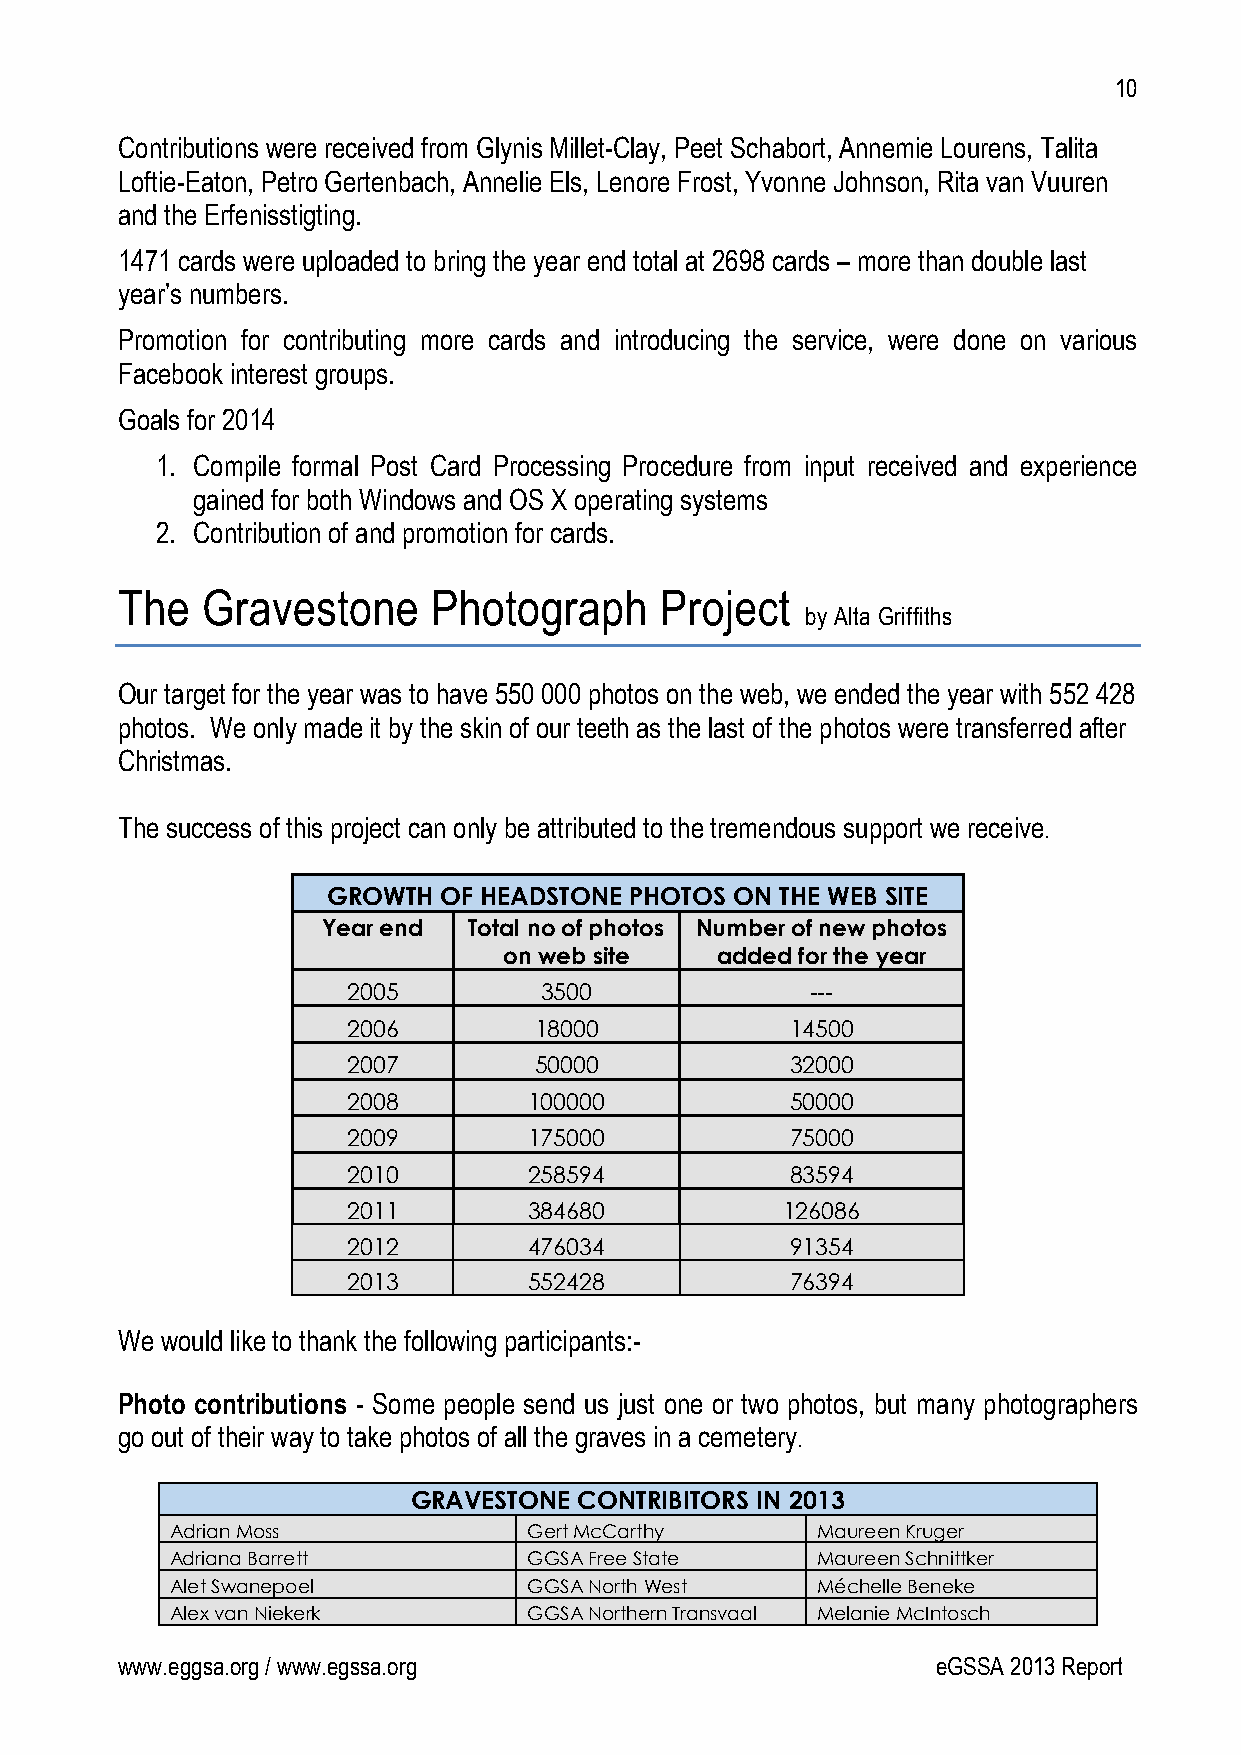
10
 Contributions were received from Glynis Millet-Clay, Peet Schabort, Annemie Lourens, Talita
 Loftie-Eaton, Petro Gertenbach, Annelie Els, Lenore Frost, Yvonne Johnson, Rita van Vuuren
 and the Erfenisstigting.
 1471 cards were uploaded to bring the year end total at 2698 cards – more than double last
 year’s numbers.
 Promotion for contributing more cards and introducing the service, were done on various
 Facebook interest groups.
 Goals for 2014
 1. Compile formal Post Card Processing Procedure from input received and experience
 gained for both Windows and OS X operating systems
 2. Contribution of and promotion for cards.
 The  Gravestone      Photograph     Project
 by Alta Griffiths
 Our target for the year was to have 550 000 photos on the web, we ended the year with 552 428
 photos. We only made it by the skin of our teeth as the last of the photos were transferred after
 Christmas.
 The success of this project can only be attributed to the tremendous support we receive.
 GROWTH OF HEADSTONE PHOTOS ON THE WEB SITE
 Year end  Total no of photos Number of new photos
 on web site   added for the year
 2005         3500              ---
 2006        18000            14500
 2007        50000            32000
 2008        100000           50000
 2009        175000           75000
 2010        258594           83594
 2011        384680           126086
 2012        476034           91354
 2013        552428           76394
 We would like to thank the following participants:-
 Photo contributions - Some people send us just one or two photos, but many photographers
 go out of their way to take photos of all the graves in a cemetery.
 GRAVESTONE CONTRIBITORS IN 2013
 Adrian Moss             Gert McCarthy      Maureen Kruger
 Adriana Barrett         GGSA Free State    Maureen Schnittker
 Alet Swanepoel          GGSA North West    Méchelle Beneke
 Alex van Niekerk        GGSA Northern Transvaal Melanie McIntosch
 www.eggsa.org / www.egssa.org                         eGSSA 2013 Report